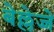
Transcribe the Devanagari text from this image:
बेल्लेज्जे